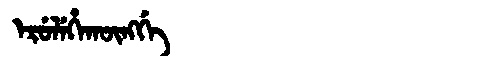
Manchu: ᡝᡵᡠᠯᡝᡥᠠᡴᡡᠩᡤᡝ
Romanization: ERULEHAKŪNGGE